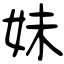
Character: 妹